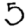
Digit: 5